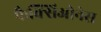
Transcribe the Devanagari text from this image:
फैक्सिओनेस